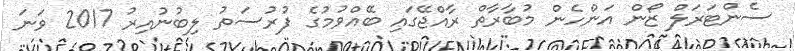
ސެންޓަރަލް ޒޯން އަންހެން މުބާރާތް ރާއްޖޭގައި ބޭއްވުމުގެ ފުރުސަތު ލިބުނުއިރު 2017 ވަނަ